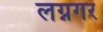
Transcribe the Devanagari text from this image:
लग्नगर